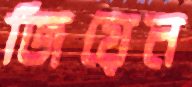
জিয়েন